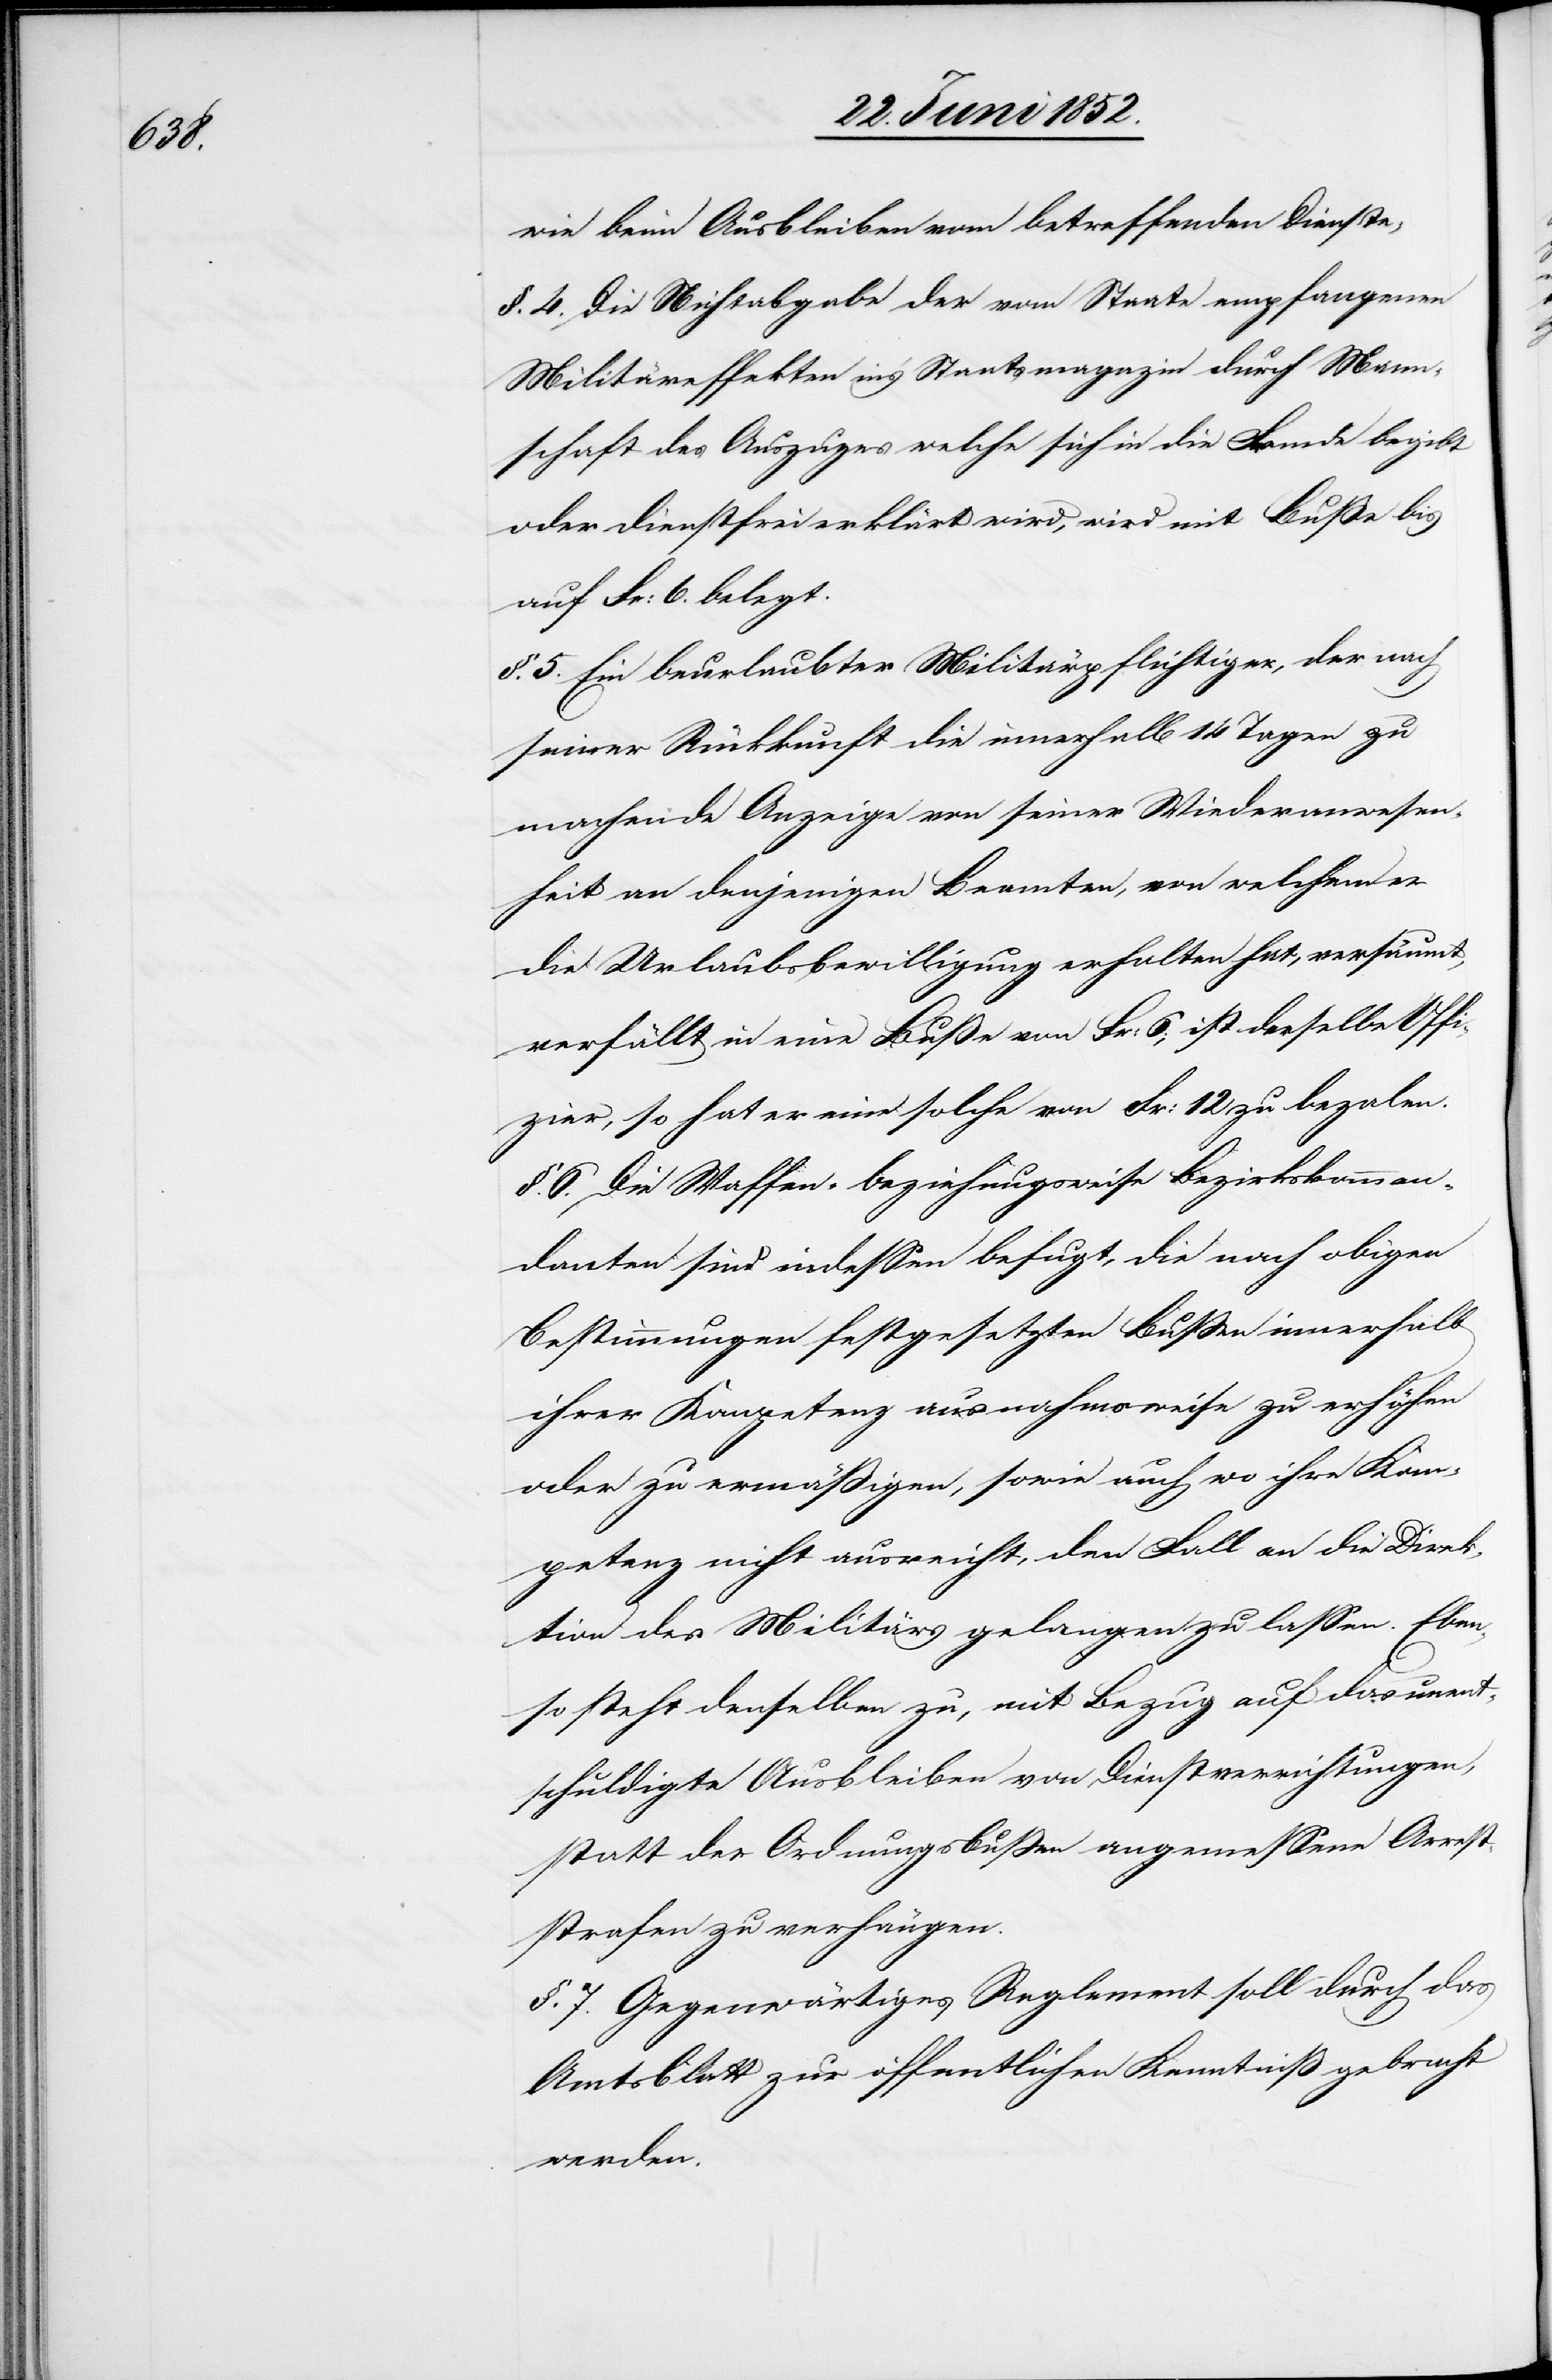
wie beim Ausbleiben vom betreffenden Dienste;
§. 4. Die Nichtabgabe der vom Staate empfangenen
Militäreffekten in’s Staatsmagazin durch Mann¬
schaft des Auszuges welche sich in die Fremde begibt
oder dienstfrei erklärt wird, wird mit Buße bis
auf Fr: 6. belegt.
§. 5. Ein beurlaubter Militärpflichtiger, der nach
seiner Rückkunft die innerhalb 14 Tagen zu
machende Anzeige von seiner Wiederanwesen¬
heit an denjenigen Beamten, von welchem er
die Urlaubsbewilligung erhalten hat, versäumt,
verfällt in eine Buße von Fr: 6; ist derselbe Offi¬
zier, so hat er eine solche von Fr: 12 zu beza[h]len.
§. 6. Die Waffen- beziehungsweise Bezirkskomman¬
danten sind indessen befugt, die nach obigen
Bestimmungen festgesetzten Bussen innerhalb
ihrer Kompetenz ausnahmsweise zu erhöhen
oder zu ermäßigen, sowie auch wo ihre Kom¬
petenz nicht ausreicht, den Fall an die Direk¬
tion des Militärs gelangen zu lassen. Eben¬
so steht denselben zu, mit Bezug auf das unent¬
schuldigte Ausbleiben von Dienstverrichtungen,
statt der Ordnungsbussen angemessene Arrest¬
strafen zu verhängen.
§. 7. Gegenwärtiges Reglement soll durch das
Amtsblatt zur öffentlichen Kenntniß gebracht
werden.